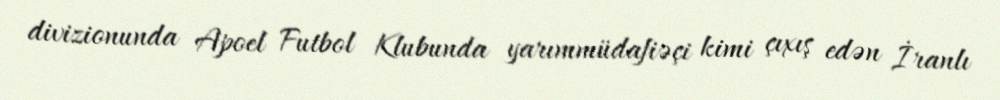
divizionunda Apoel Futbol Klubunda yarımmüdafiəçi kimi çıxış edən İranlı